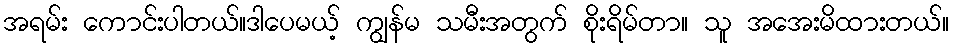
အရမ်း ကောင်းပါတယ်။ဒါပေမယ့် ကျွန်မ သမီးအတွက် စိုးရိမ်တာ။ သူ အအေးမိထားတယ်။